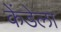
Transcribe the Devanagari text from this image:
केंडेला